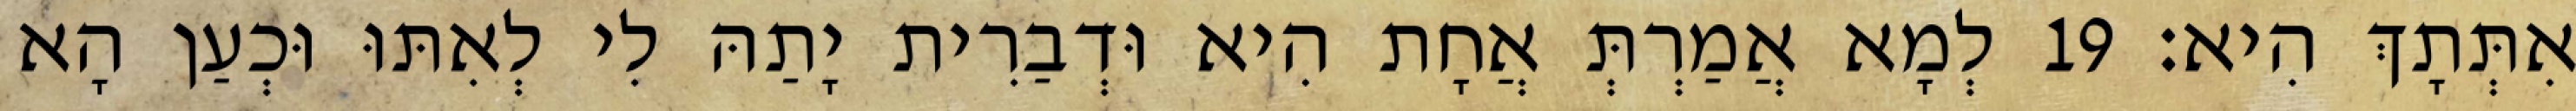
אִתְּתָךְ הִיא׃ 19 לְמָא אֲמַרְתְּ אֲחָת הִיא וּדְבַרִית יָתַהּ לִי לְאִתּוּ וּכְעַן הָא